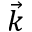
\Vec { k }